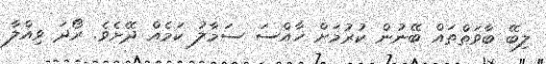
ލިބޭ ބާވަތްތައް ބޭނުން ކުރުމަށް ޚާއްސަ ސަމާލު ކަމެއް ދޭށެވެ. ރޯދަ ވިއްލާ